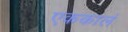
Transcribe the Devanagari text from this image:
एककालं